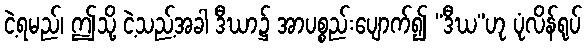
ငဲ့ရမည်၊ ဤသို့ ငဲ့သည့်အခါ ဒီဃာ၌ အာပစ္စည်းပျောက်၍ “ဒီဃ”ဟု ပုံလိန်ရုပ်